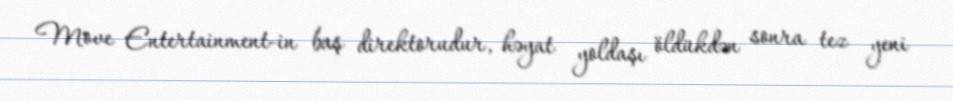
Move Entertainment-in baş direktorudur, həyat yoldaşı öldükdən sonra tez yeni